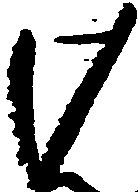
け